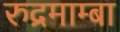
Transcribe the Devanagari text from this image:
रुद्रमाम्बा